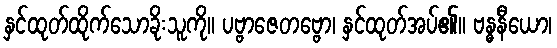
နှင်ထုတ်ထိုက်သောခိုးသူကို။ ပဗ္ဗာဇေတဗ္ဗော၊ နှင်ထုတ်အပ်၏။ ဗန္ဓနီယော၊